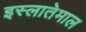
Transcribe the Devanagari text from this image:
इस्लातेमाल